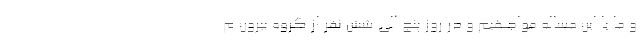
و ما با این مساله مواجهیم و در روز پنج الی شش نفر از گروه بیرون م